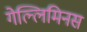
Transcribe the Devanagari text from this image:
गेल्‍लिमिनस